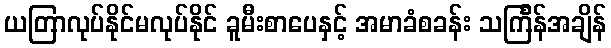
ယတြာလုပ်နိုင်မလုပ်နိုင် ခူမီးစာပေနှင့် အမာခံစခန်း သင်္ကြန်အချိန်